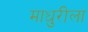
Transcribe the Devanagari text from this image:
माधुरीला